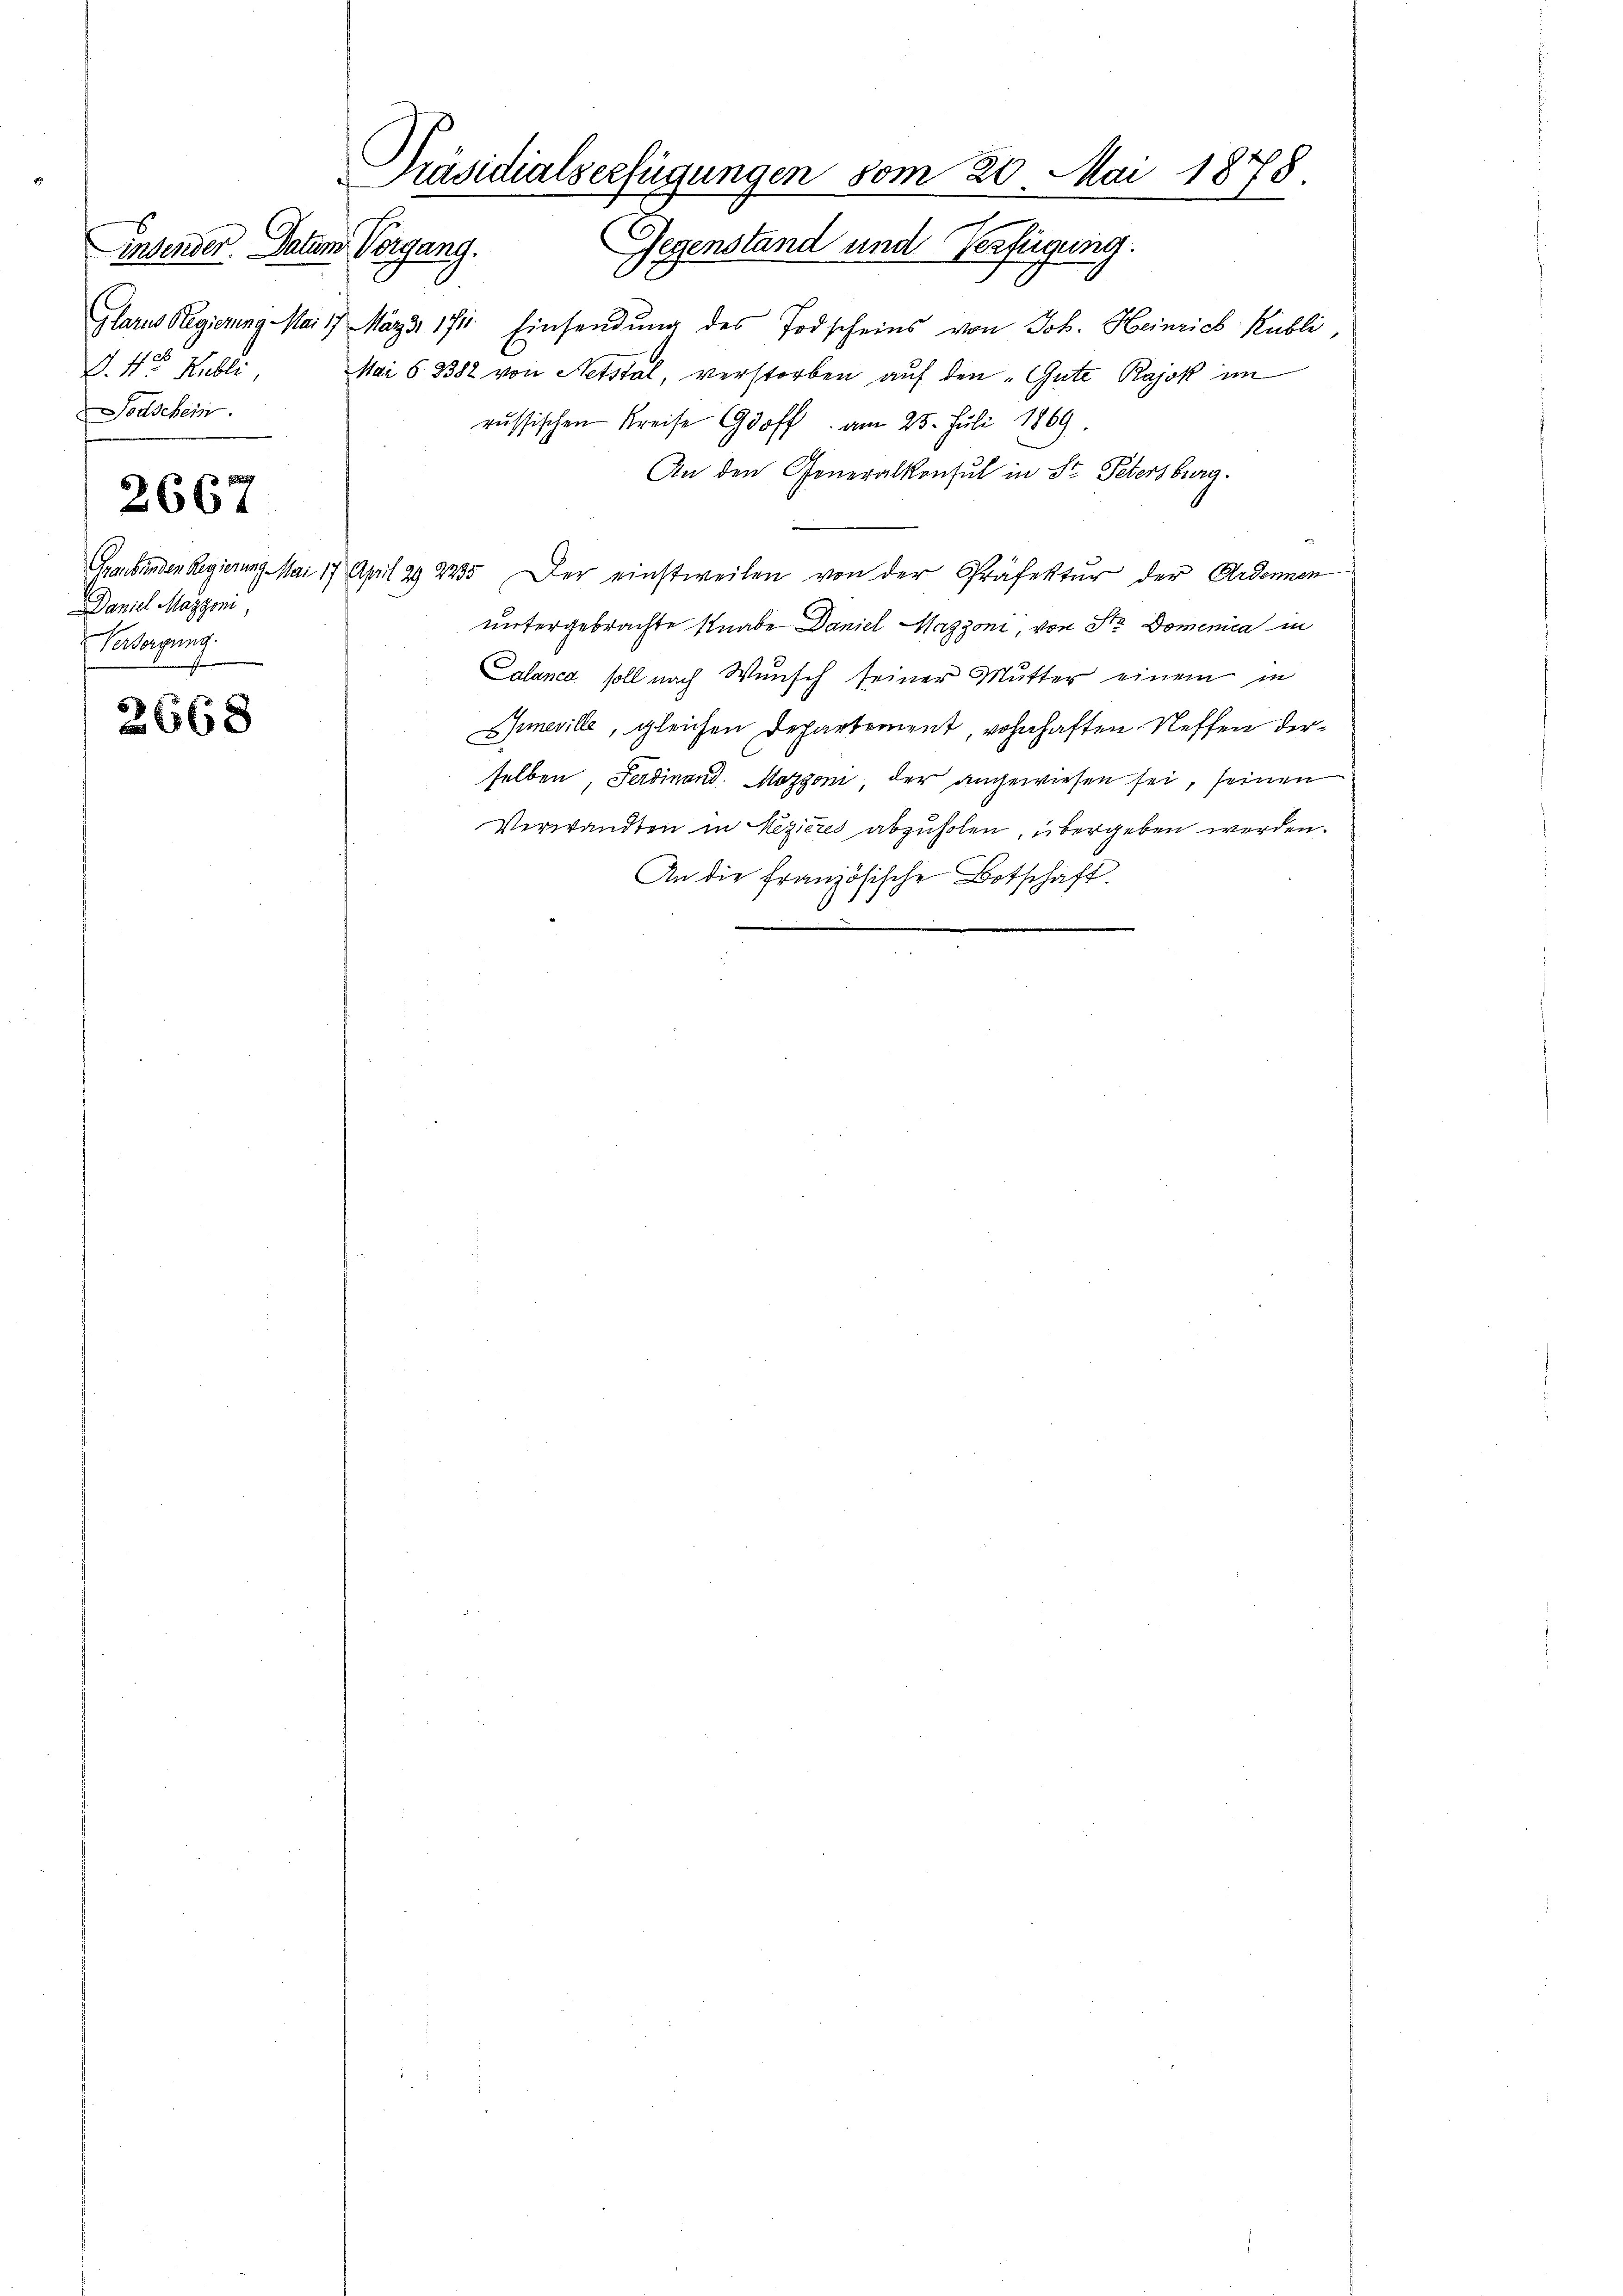
26
d. 4ten Publi
Todschein
2667
Daniel Mazzoni,
Versorgung.

2668

Präsidialserfügungen vom 20. Mai 1878.
insender. Datum Vorgang. Gegenstand und Verfügung.

Glarus Regierung Mai 17 März 171. Einsendung des Todscheins von Joh. Heinrich Kubli,
Mai § 2382 von Netstal, verstorben auf den Gute Rajok im
russischen Kreise Goff am 25. Juli 1869.
An den Generalkonsul in St. Petersburg.
.
Graubünden Regierung Mai 17 April 29 225. Der einstweilen von der Präfektŭr der Ardonnen
untergebrachte Knabe Daniel Maggoni, von Sr. Domenica in
Caland soll nach Wunsch seiner Mutter einem in
Smeville, gleichen Departement, wohnhaften Neffen derselben, Ferdinand Mozgoni, der angewiesen sei, seinen
Verwandten in Rezières abzuholen, übergeben werden.
An die französische Botschaft.